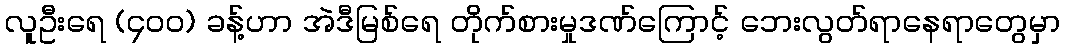
လူဦးရေ (၄ဝဝ) ခန့်ဟာ အဲဒီမြစ်ရေ တိုက်စားမှုဒဏ်ကြောင့် ဘေးလွတ်ရာနေရာတွေမှာ